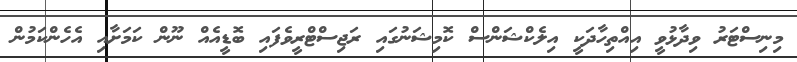
މިނިސްޓަރު ވިދާޅުވީ އިއްތިހާދަކީ އިލެކްޝަންސް ކޮމިޝަނުގައި ރަޖިސްޓްރީވެފައި ބޮޑީއެއް ނޫން ކަމަށާއި އެހެންކަމުން